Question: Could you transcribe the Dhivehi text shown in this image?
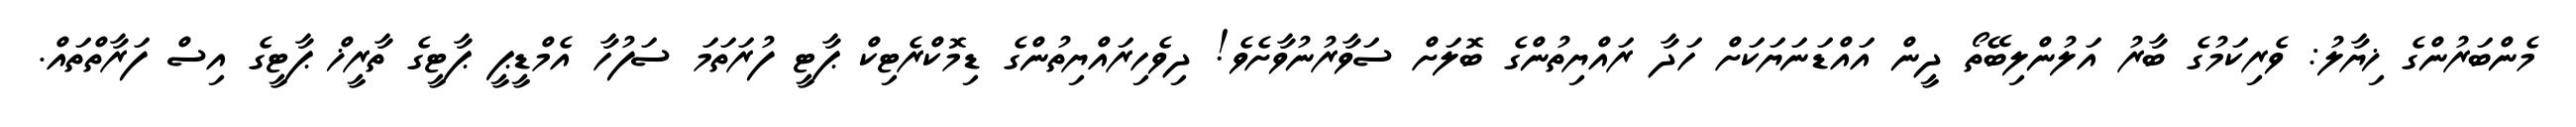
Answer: މެންބަރުންގެ ޚިޔާލު: ވެރިކަމުގެ ބާރު އަލުންލިބޭތޯ ދީން އައްޑަނަޔަކަށް ހަދާ ރައްޔިތުންގެ ބޮލަށް ސަވާރުނުވާށެވެ! ދިވެހިރައްޔިތުންގެ ޑިމޮކްރެޓިކް ޕާޓީ ފުރަތަމަ ސަފުހާ އެމްޑީޕީ ޕާޓީގެ ތާރީޚް ޕާޓީގެ އިސް ފަރާތްތައް.